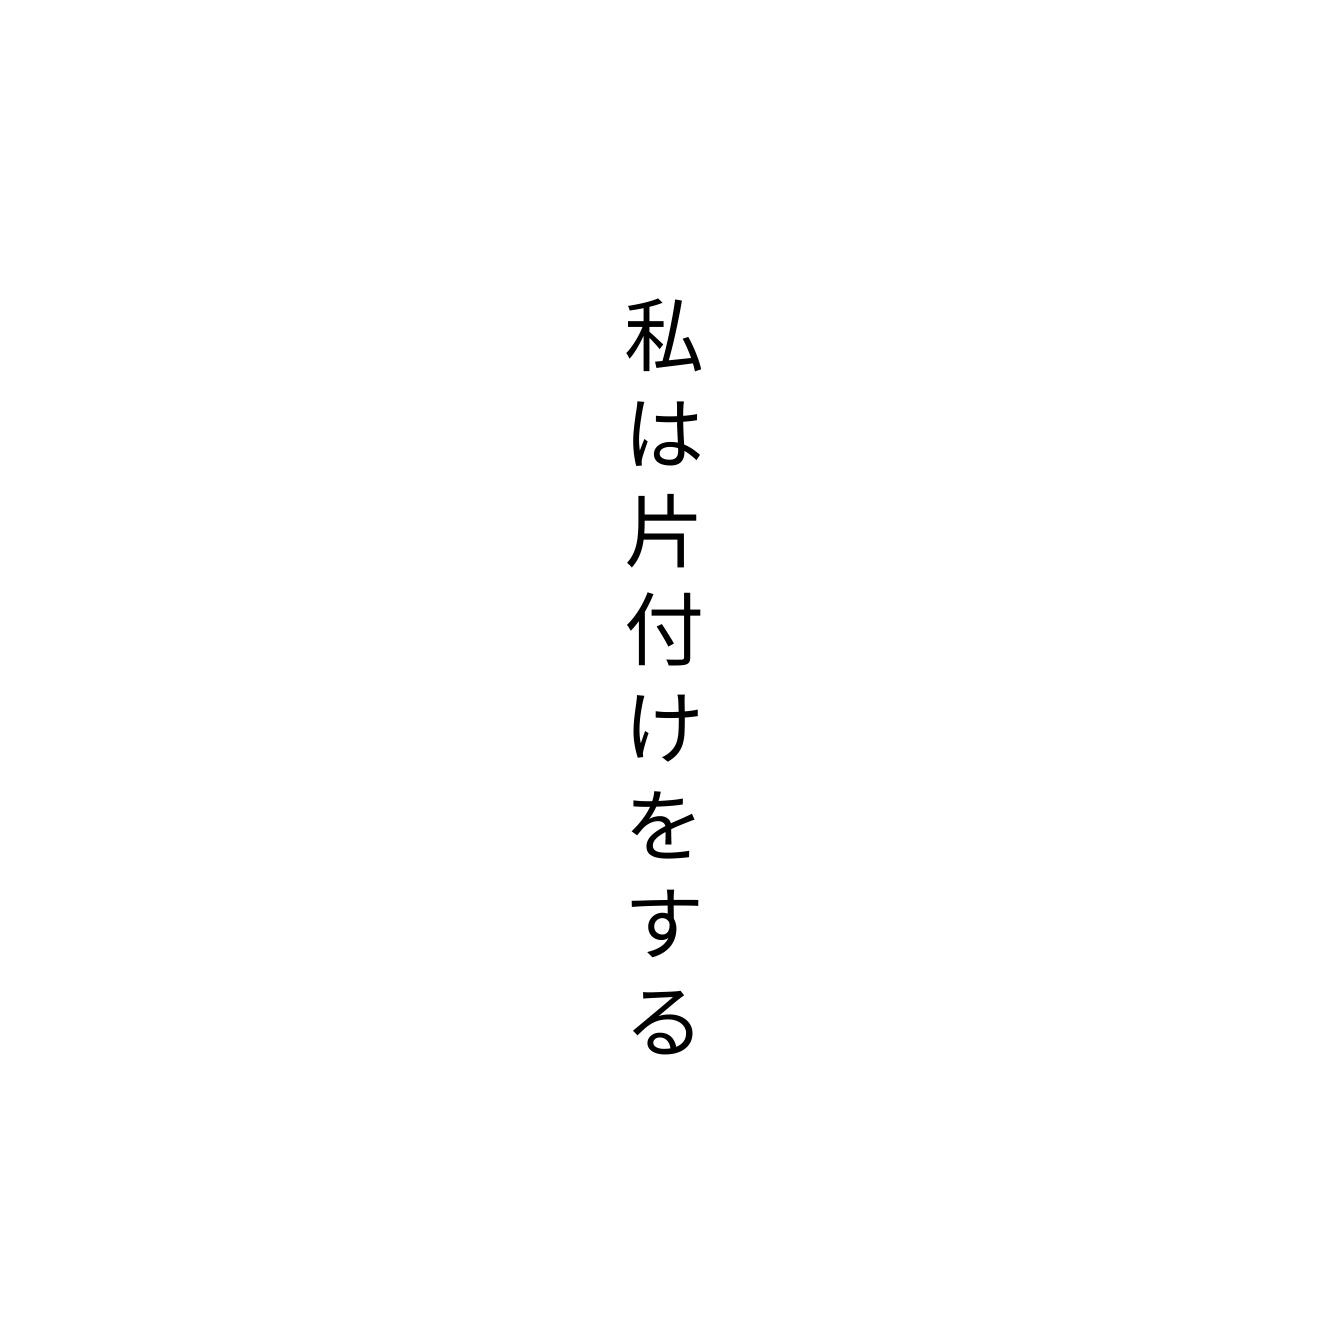
私は片付けをする